Lunatic asylums Central Provinces reports 1886-1894 - 1886-1894
Year: 1886
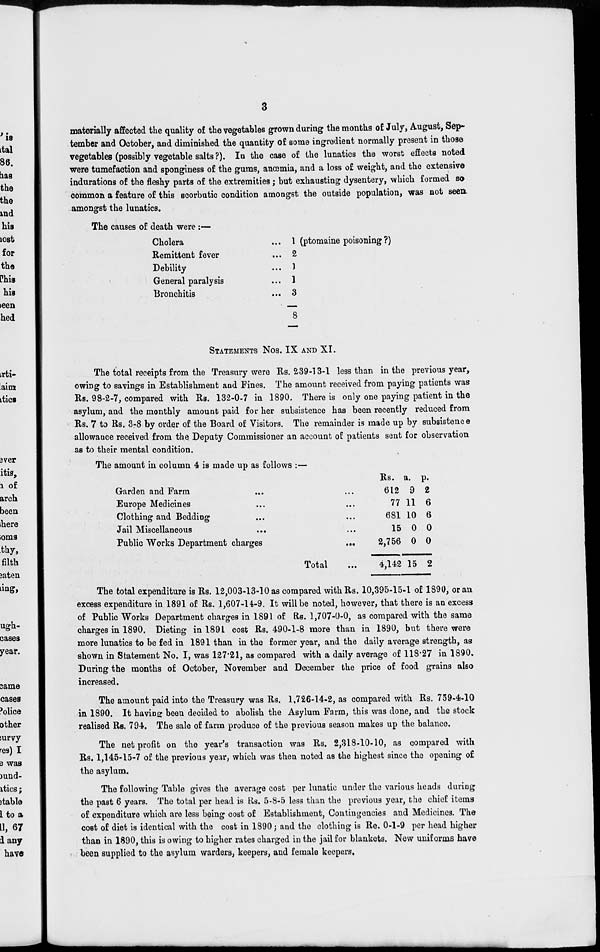
3
materially affected the quality of the vegetables grown during the months of July, August, Sep-
tember and October, and diminished the quantity of some ingredient normally present in those
vegetables (possibly vegetable salts?). In the case of the lunatics the worst effects noted
were tumefaction and sponginess of the gums, anœmia, and a loss of weight, and the extensive
indurations of the fleshy parts of the extremities ; but exhausting dysentery, which formed so
common a feature of this scorbutic condition amongst the outside population, was not seen
amongst the lunatics.
The causes of death were :—
Cholera ...
Remittent fever ...
Debility ...
General paralysis ...
Bronchitis ...
1 (ptomaine poisoning ?)
2
1
1
3
8
STATEMENTS Nos. IX AND XI.
The total receipts from the Treasury were Rs. 239-13-1 less than in the previous year,
owing to savings in Establishment and Fines. The amount received from paying patients was
Rs. 98-2-7, compared with Rs. 132-0-7 in 1890. There is only one paying patient in the
asylum, and the monthly amount paid for her subsistence has been recently reduced from
Rs. 7 to Rs. 3-8 by order of the Board of Visitors. The remainder is made up by subsistence
allowance received from the Deputy Commissioner an account of patients sent for observation
as to their mental condition.
The amount in column 4 is made up as follows :—
Garden and Farm ... ...
Europe Medicines ... ...
Clothing and Bedding ... ...
Jail Miscellaneous ... ...
Public Works Department charges ...
Total ...
Rs.
612
77
681
15
2,756
4,142
a.
9
11
10
0
0
15
p.
2
6
6
0
0
2
The total expenditure is Rs. 12,003-13-10 as compared with Rs. 10,395-15-1 of 1890, or an
excess expenditure in 1891 of Rs. 1,607-14-9. It will be noted, however, that there is an excess
of Public Works Department charges in 1891 of Rs. 1,707-0-0, as compared with the same
charges in 1890. Dieting in 1891 cost Rs. 490-1-8 more than in 1890, but there were
more lunatics to be fed in 1891 than in the former year, and the daily average strength, as
shown in Statement No. I, was 127.21, as compared with a daily average of 118.27 in 1890.
During the months of October, November and December the price of food grains also
increased.
The amount paid into the Treasury was Rs. 1,726-14-2, as compared with Rs. 759-4-10
in 1890. It having been decided to abolish the Asylum Farm, this was done, and the stock
realised Rs. 794. The sale of farm produce of the previous season makes up the balance.
The net profit on the year's transaction was Rs. 2,318-10-10, as compared with
Rs. 1,145-15-7 of the previous year, which was then noted as the highest since the opening of
the asylum.
The following Table gives the average cost per lunatic under the various heads during
the past 6 years. The total per head is Rs. 5-8-5 less than the previous year, the chief items
of expenditure which are less being cost of Establishment, Contingencies and Medicines. The
cost of diet is identical with the cost in 1890; and the clothing is Re. 0-1-9 per head higher
than in 1890, this is owing to higher rates charged in the jail for blankets. New uniforms have
been supplied to the asylum warders, keepers, and female keepers.